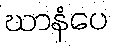
ဃာနံပေ